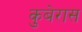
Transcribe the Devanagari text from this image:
कुबेरास